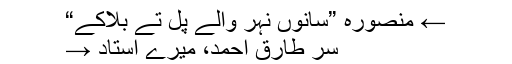
← منصورہ ”سانوں نہر والے پل تے بلاکے“
سر طارق احمد، میرے استاد →